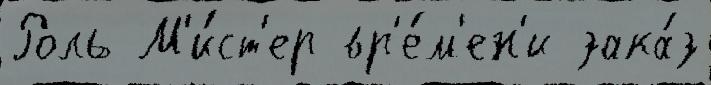
Роль М'и́ст'ер вр'е́м'ен'и зака́з